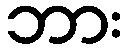
ဘား